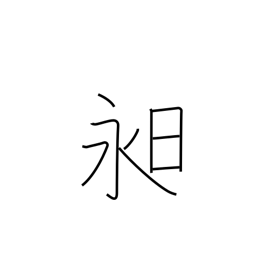
Meaning: long day